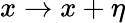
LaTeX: x\rightarrow x+\eta